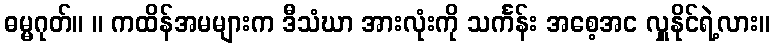
ဓမ္မဂုတ်။ ။ ကထိန်အမများက ဒီသံဃာ အားလုံးကို သင်္ကန်း အစေ့အင လှူနိုင်ရဲ့လား။